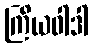
ကြိယဝါဒါ